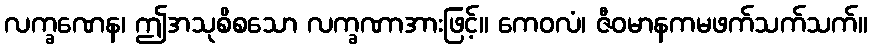
လက္ခဏေန၊ ဤအသုစိစသော လက္ခဏာအားဖြင့်။ ကေဝလံ၊ ဇီဝမာနကမဖက်သက်သက်။